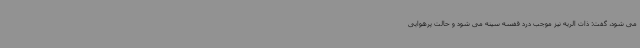
می شود، گفت: ذات الریه نیز موجب درد قفسه سینه می شود و حالت پرهوایی